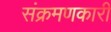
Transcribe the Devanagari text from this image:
संक्रमणकारी